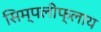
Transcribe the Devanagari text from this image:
सिम्पलीफ्लाय